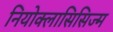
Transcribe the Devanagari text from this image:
नियोक्लासिसिज्म